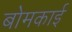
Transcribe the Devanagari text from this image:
बोमकाई